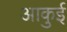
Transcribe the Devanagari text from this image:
आकुई